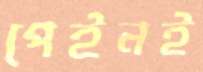
পেইনই